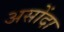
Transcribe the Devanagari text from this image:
असोंदा